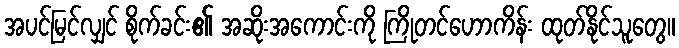
အပင်မြင်လျှင် စိုက်ခင်း၏ အဆိုးအကောင်းကို ကြိုတင်ဟောကိန်း ထုတ်နိုင်သူတွေ။